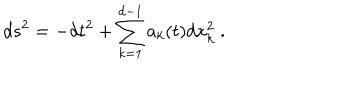
d s ^ { 2 } = - d t ^ { 2 } + \sum _ { k = 1 } ^ { d - 1 } a _ { k } ( t ) d x _ { k } ^ { 2 } \ .